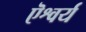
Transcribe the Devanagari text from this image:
ऎश्वर्य